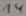
Text: 14